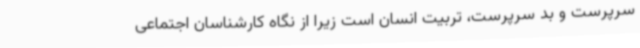
سرپرست و بد سرپرست، تربیت انسان است زیرا از نگاه کارشناسان اجتماعی